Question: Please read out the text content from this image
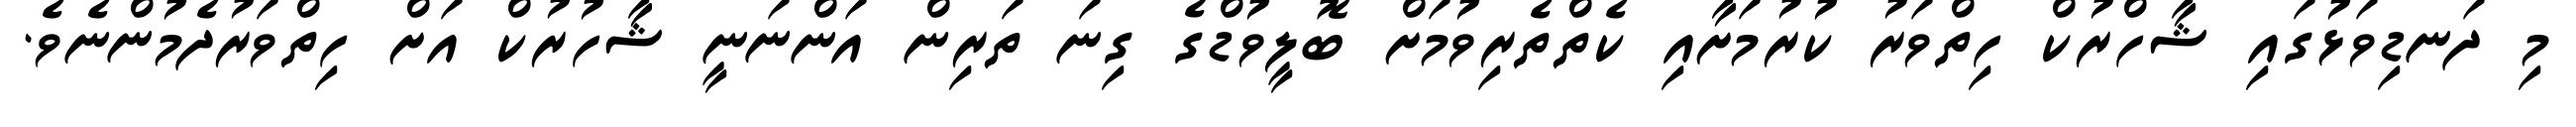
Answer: މި ދަނޑިވަޅުގައި ޝާހްރުކް ހިތްވަރު ކުރުމަށާއި ކެތްތެރިވުމަށް ބޮލީވުޑްގެ ގިނަ ތަރިން އަންނަނީ ޝާހުރުކް އަށް ހިތްވަރުދެމުންނެވެ.